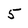
Character: 5